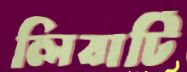
লিবার্টি